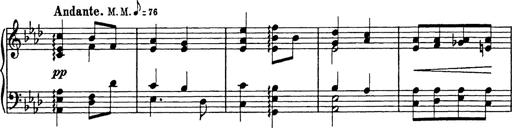
Title: 8 Variations
Composer: Franz Liszt
Key: A-flat major